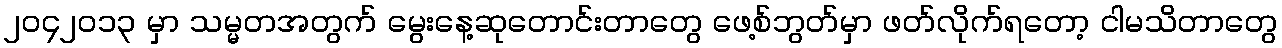
၂ဝ၄၂ဝ၁၃ မှာ သမ္မတအတွက် မွေးနေ့ဆုတောင်းတာတွေ ဖေ့စ်ဘွတ်မှာ ဖတ်လိုက်ရတော့ ငါမသိတာတွေ